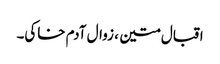
اقبال متین ، زوال آدم خاکی۔